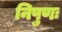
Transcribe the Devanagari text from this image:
निपुणः